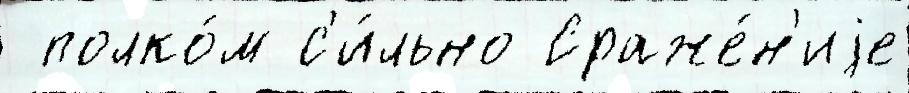
 полко́м с'и́льно Сраже́н'иjе